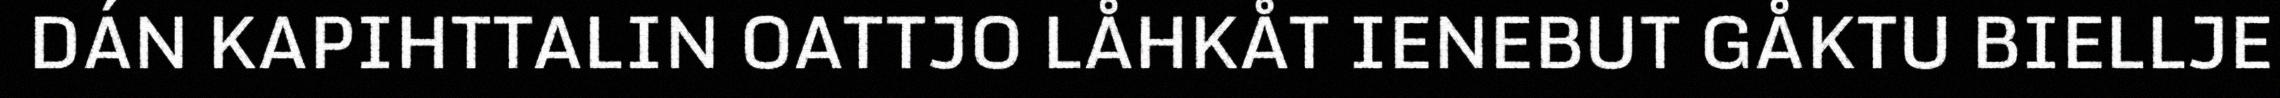
DÁN KAPIHTTALIN OATTJO LÅHKÅT IENEBUT GÅKTU BIELLJE